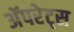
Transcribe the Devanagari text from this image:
अॅपरेट्स